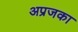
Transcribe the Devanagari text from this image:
अप्रजका